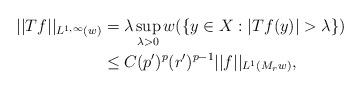
LaTeX: \begin{align*} ||Tf||_{L^{1,\infty}(w)} &= \lambda \sup_{\lambda>0} w(\{ y\in X : |Tf(y)|>\lambda \}) \\ &\leq C (p')^{p} (r')^{p-1} ||f||_{L^{1}(M_r w)}, \end{align*}